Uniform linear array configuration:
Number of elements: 12
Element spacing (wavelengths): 0.5
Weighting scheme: uniform
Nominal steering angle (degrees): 15
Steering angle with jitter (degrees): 13.454
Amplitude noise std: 0.05
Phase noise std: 0.05

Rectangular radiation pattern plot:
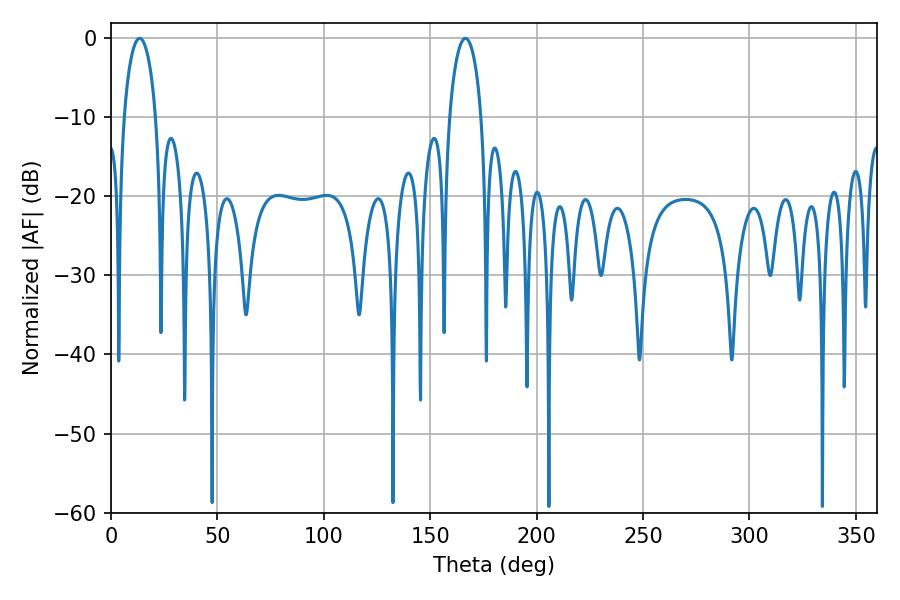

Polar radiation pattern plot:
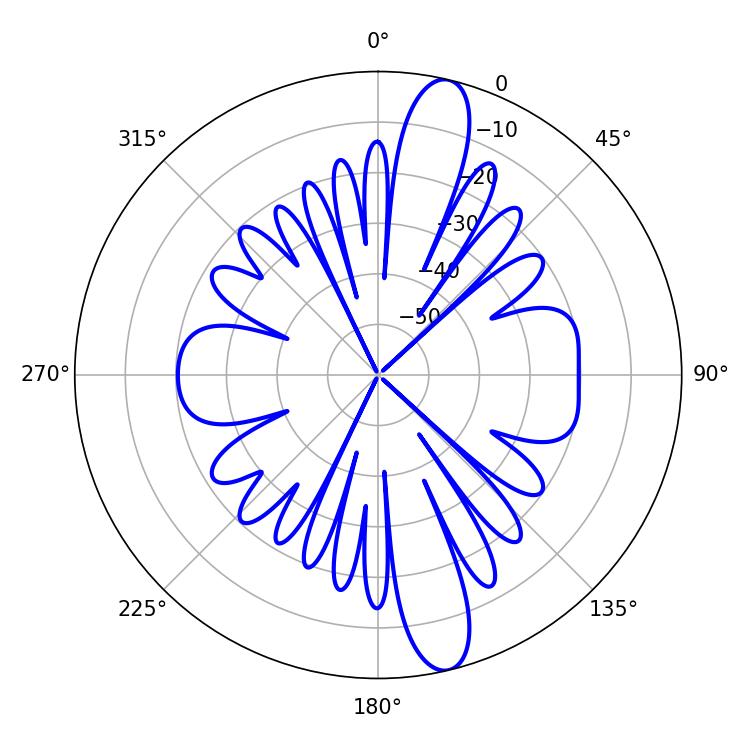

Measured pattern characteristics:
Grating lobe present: FALSE
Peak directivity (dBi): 14.001
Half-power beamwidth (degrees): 8.64
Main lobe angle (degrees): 13.5